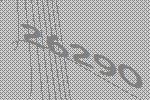
26290